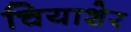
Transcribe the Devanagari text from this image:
चियाशेर